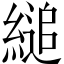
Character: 縋